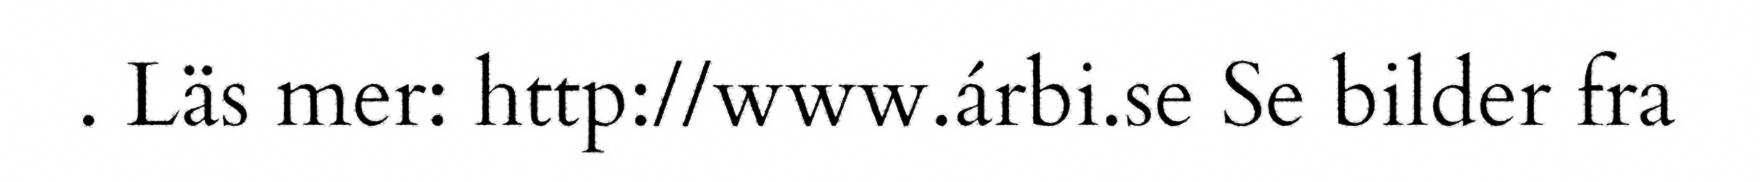
. Läs mer: http://www.árbi.se Se bilder fra